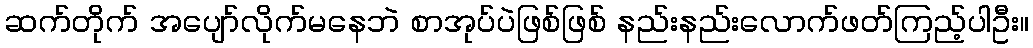
ဆက်တိုက် အပျော်လိုက်မနေဘဲ စာအုပ်ပဲဖြစ်ဖြစ် နည်းနည်းလောက်ဖတ်ကြည့်ပါဦး။